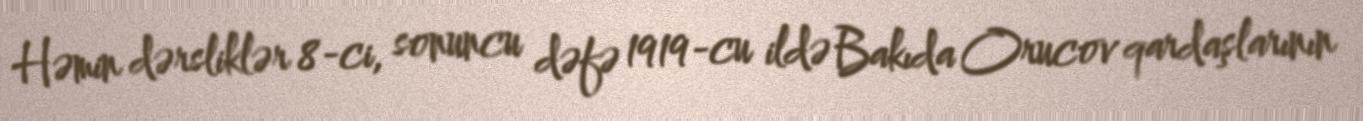
Həmin dərsliklər 8-ci, sonuncu dəfə 1919-cu ildə Bakıda Orucov qardaşlarının